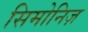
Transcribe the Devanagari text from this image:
सिमोनिज़